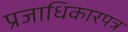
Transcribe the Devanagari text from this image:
प्रजाधिकारपत्र